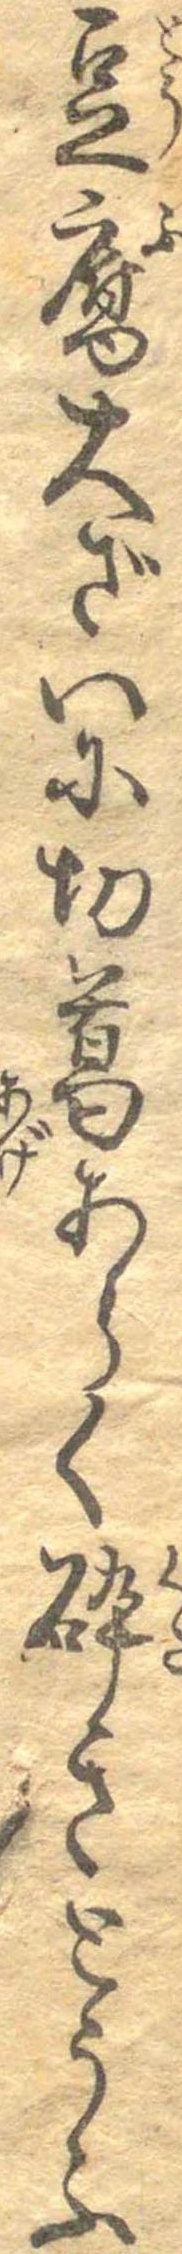
豆腐大ざいに切葛あらく砕きとうふ